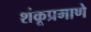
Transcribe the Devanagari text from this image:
शंकूप्रमाणे